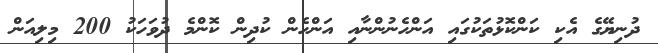
ދުނިޔޭގެ އެކި ކަންކޮޅުތަކުގައި އަންހެނުންނާއި އަންހެން ކުދިން ކޮންމެ ދުވަހަކު 200 މިލިއަން